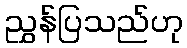
ညွှန်ပြသည်ဟု